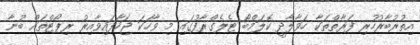
އިތުރުބާރުހުރި ފަރާތްތަކާ ހަވާލާދީ ކޮލަމްބޯ ޓެލެގްރާފުގައި މި ވާހަކަ ޖަހާފައިވާއިރު ރިޕޯޓްތައް ބުނާ